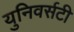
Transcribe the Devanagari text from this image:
युनिवर्सटी